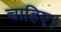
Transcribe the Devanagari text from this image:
चाहिए।